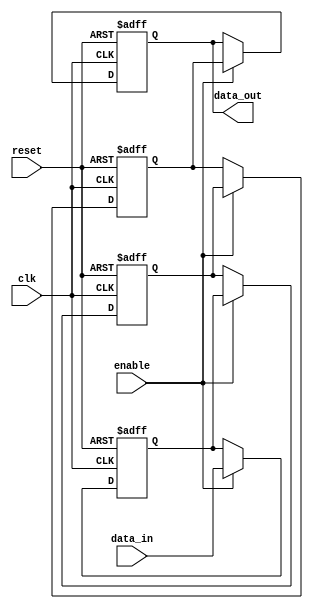
module multistage_register (
    input wire clk,            // Clock signal
    input wire reset,          // Reset signal
    input wire enable,         // Enable signal for loading data
    input wire [7:0] data_in,  // Input data (8-bit wide)
    output reg [7:0] data_out  // Output data from the last stage (R3)
);

    // Internal registers for each stage
    reg [7:0] R1; // First stage
    reg [7:0] R2; // Second stage
    reg [7:0] R3; // Third stage

    // Sequential logic for the multistage register
    always @(posedge clk or posedge reset) begin
        if (reset) begin
            // Clear all registers on reset
            R1 <= 8'b0;
            R2 <= 8'b0;
            R3 <= 8'b0;
            data_out <= 8'b0;
        end else if (enable) begin
            // Load data into the first stage
            R1 <= data_in;
            // Propagate data through the stages
            R2 <= R1;
            R3 <= R2;
            // Output the data from the last stage
            data_out <= R3;
        end
    end

endmodule